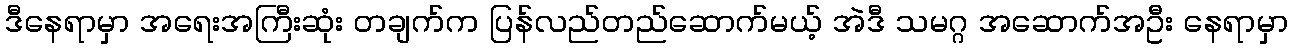
ဒီနေရာမှာ အရေးအကြီးဆုံး တချက်က ပြန်လည်တည်ဆောက်မယ့် အဲဒီ သမဂ္ဂ အဆောက်အဦး နေရာမှာ